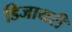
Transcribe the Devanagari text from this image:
डिजायरी